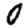
Digit: 0